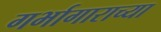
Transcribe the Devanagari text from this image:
गर्भागाराच्या